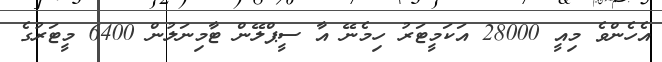
އެހެންވެ މިއީ 28000 އަކަމީޓަރު ހިމެނޭ އާ ސީޕްލޭން ޓާމިނަލުން 6400 މީޓަރުގެ